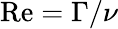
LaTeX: \mathrm{Re}=\Gamma/\nu